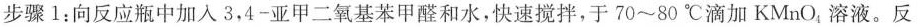
步骤1：向反应瓶中加入3，4-亚甲二氧基苯甲醛和水，快速搅拌，于70~80℃滴加KMnO_{4}溶液。反